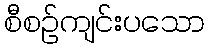
စီစဉ်ကျင်းပသော